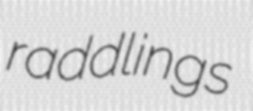
raddlings